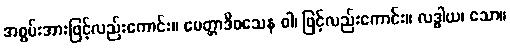
အစွမ်းအားဖြင့်လည်းကောင်း။ မေတ္တာဒိဝသေန ဝါ၊ ဖြင့်လည်းကောင်း။ လဒ္ဓါယ၊ သော။